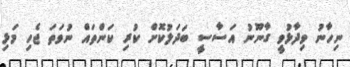
ނިހާނު ވިދާޅުވީ ގާނޫނު އަސާސީ ބަދަލުކޮށް ކުރި ކަންތައް ނުވަތަ ޖެހި މަޅި